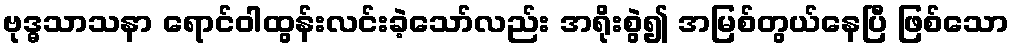
ဗုဒ္ဓသာသနာ ရောင်ဝါထွန်းလင်းခဲ့သော်လည်း အရိုးစွဲ၍ အမြစ်တွယ်နေပြီ ဖြစ်သော